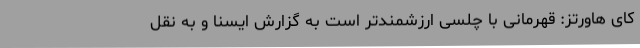
کای هاورتز: قهرمانی با چلسی ارزشمندتر است به گزارش ایسنا و به نقل